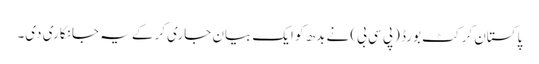
پاکستان کرکٹ بورڈ (پی سی بی) نے بدھ کو ایک بیان جاری کرکے یہ جانکاری دی۔